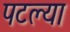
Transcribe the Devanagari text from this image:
पटल्या